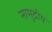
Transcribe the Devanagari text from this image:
सामुद्रीय